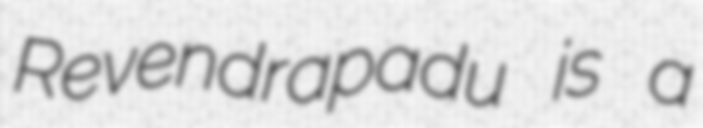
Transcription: Revendrapadu is a